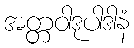
အတ္တဝါဒုပါဒါနံ